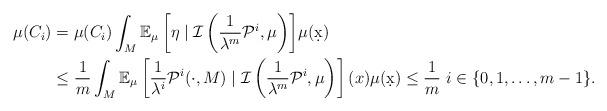
LaTeX: \begin{align*} \mu(C_i) &= \mu(C_i) \int_M {\mathbb E_\mu\left[\eta\mid \mathcal I\left(\frac{1}{\lambda^m} \mathcal P^i,\mu\right)\right]}\mu(\d x)\\ &\leq \frac{1}{m} \int_M \mathbb E_\mu\left[\frac{1}{\lambda^i}\mathcal P^i(\cdot,M)\mid \mathcal I\left(\frac{1}{\lambda^m} \mathcal P^i,\mu\right)\right](x) \mu(\d x) \leq \frac{1}{m}\ i\in\{0,1,\ldots,m-1\}.\end{align*}